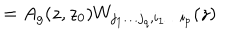
= A _ { g } ( z , z _ { 0 } ) W _ { j _ { 1 } \ldots j _ { q } , i _ { 1 } \ldots i _ { p } } ( z )